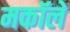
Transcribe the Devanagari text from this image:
मकॉले